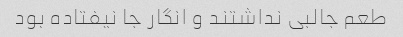
طعم‌ جالبی نداشتند و انگار جا نیفتاده بود